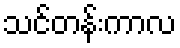
သင်တန်းကာလ